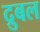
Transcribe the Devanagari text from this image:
द्रुबल